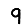
Digit: 9